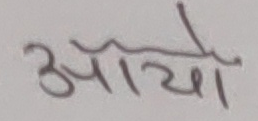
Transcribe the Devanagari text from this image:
आयो